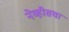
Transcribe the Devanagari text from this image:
नेव्हीसचा